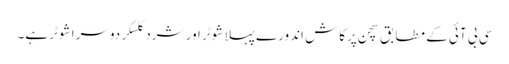
سی بی آئی کے مطابق سچن پرکاش اندورے پہلا شوٹر اور شرد کلسکر دوسرا شوٹر ہے۔